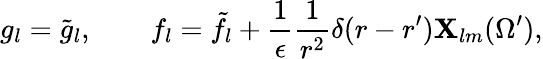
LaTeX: g_{l}=\tilde{g}_{l},\qquad f_{l}=\tilde{f}_{l}+{\frac{1}{\epsilon}}{\frac{1}{r^{2}}}\delta(r-r^{\prime}){\mathbf X}_{lm}(\Omega^{\prime}),